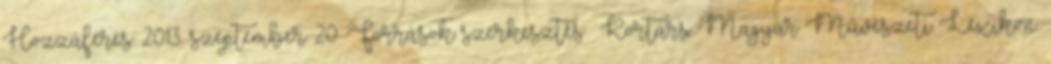
Hozzáférés: 2013. szeptember 20. Források szerkesztés Kortárs Magyar Művészeti Lexikon.